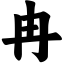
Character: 冉